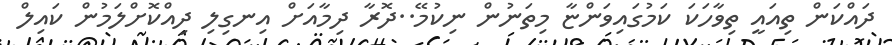
ދައްކަން ތިއައީ ތިވާހަކަ ކަމުގައިވަންޏާ މިތަނުން ނިކުމޭ..ދޮރާ ދިމާއަށް އިނގިލި ދިއްކޮށްލަމުން ކައިލް